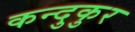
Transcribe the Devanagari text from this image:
कन्दुकुर